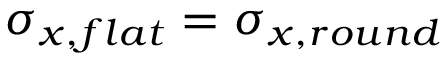
\sigma _ { x , f l a t } = \sigma _ { x , r o u n d }